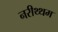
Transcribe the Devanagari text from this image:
नरीथ्थम